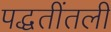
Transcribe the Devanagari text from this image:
पद्धतींतली